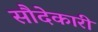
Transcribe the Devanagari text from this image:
सौदेकारी